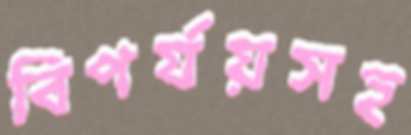
বিপর্যয়সহ